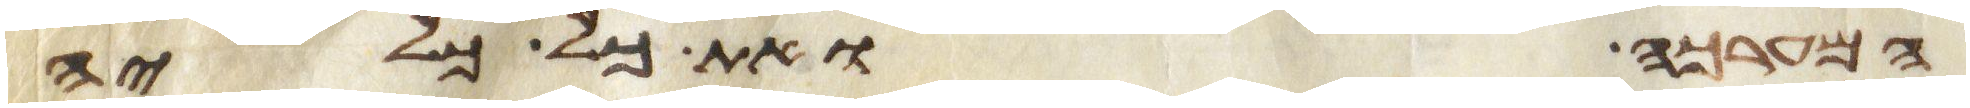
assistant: המערכה ואת כל כליה